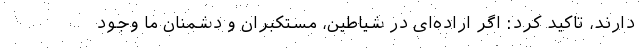
‌دارند، تاکید کرد: اگر اراده‌ای در شیاطین، مستکبران و دشمنان ما وجود